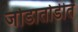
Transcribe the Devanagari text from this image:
जोडातोडीत